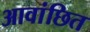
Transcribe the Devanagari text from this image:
आवांछित